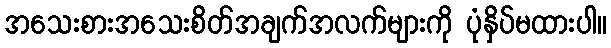
အသေးစားအသေးစိတ်အချက်အလက်များကို ပုံနှိပ်မထားပါ။